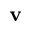
\mathbf { v }